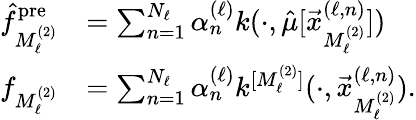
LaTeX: \begin{array}{rl}{{\hat{f}_{M_{\ell}^{(2)}}^{\mathrm{pre}}}}&{=\sum_{{n}=1}^{{N_{\ell}}}{\alpha_{n}^{(\ell)}}k(\cdot,\hat{\mu}[{\vec{x}_{M_{\ell}^{(2)}}^{(\ell,n)}}])}\\ {f_{M_{\ell}^{(2)}}}&{=\sum_{{n}=1}^{{N_{\ell}}}{\alpha_{n}^{(\ell)}}k^{[{M_{\ell}^{(2)}}]}(\cdot,{\vec{x}_{M_{\ell}^{(2)}}^{(\ell,n)}}){.}}\end{array}